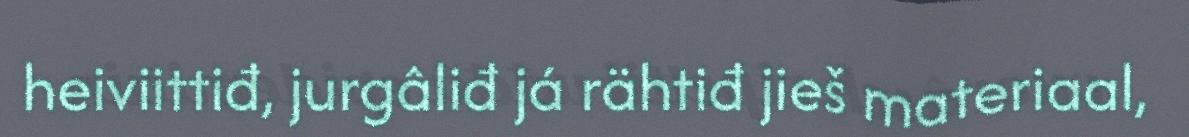
heiviittiđ, jurgâliđ já rähtiđ jieš materiaal,